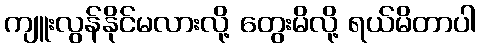
ကျူးလွန်နိုင်မလားလို့ တွေးမိလို့ ရယ်မိတာပါ